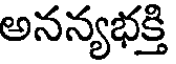
అనన్యభక్తి